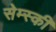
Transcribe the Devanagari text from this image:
सेम्स्की